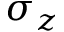
\sigma _ { z }